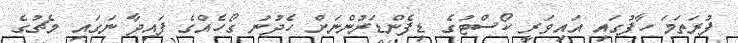
ފުރަތަމަ ހާފުގައި އައިވަރީ ކޯސްޓުގެ ޑިފެންޑަރުންނަށް ހެދުނު ގޯހެއްގެ ފައިދާ ނަގައި މެޗުގެ